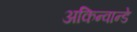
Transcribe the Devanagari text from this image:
अकिन्वान्डे